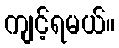
ကျင့်ရမယ်။